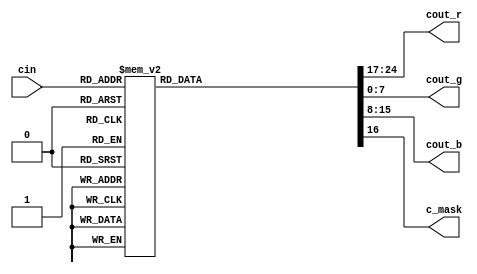
// VGA colour demultiplexer module (5-bit colour value to 24-bit RGB)
//
// (C) Thomas Oldbury 2017

module vga_colour(
	cin,
	cout_r, cout_g, cout_b, c_mask
);

// Inputs
input [4:0] cin;

// Outputs
output reg [7:0] cout_r;
output reg [7:0] cout_g;
output reg [7:0] cout_b;
output reg c_mask;				// bit set to indicate that the colour is the transparent key (10000)

// Multiplexer - async logic
always @(*) begin

	cout_r = 0;
	cout_g = 0;
	cout_b = 0;
	c_mask = 1;

	case(cin)
	
		// First block of colours is ordered to make synthesising somewhat simpler
		// as logic should essentially reduce into a load of AND and OR gates
		// Colours are encoded 00BGR, e.g. yellow is 00011
		
		// 00000: black (not implemented - default state)
		
		// 00001: red
		5'b00001: cout_r = 255;
		
		// 00010: green
		5'b00010: cout_g = 255;
		
		// 00011: blue
		5'b00100: cout_b = 255;
		
		// 00011: yellow
		5'b00011: begin
			cout_r = 255;
			cout_g = 255;
			end
		
		// 00101: magneta
		5'b00101: begin
			cout_r = 255;
			cout_b = 255;
			end
		
		// 00110: cyan
		5'b00110: begin
			cout_g = 255;
			cout_b = 255;
			end
		
		// 00111: white
		5'b00111: begin
			cout_r = 255;
			cout_g = 255;
			cout_b = 255;
			end
		
		// Second block of colours are encoded in a similar fashion
		// 01 = lighter colour (mix white) with 01BGR encoding remaining colours
		
		// 01000: midgrey (50%)
		5'b01000: begin
			cout_r = 127;
			cout_g = 127;
			cout_b = 127;
			end
	
		// 01001: lightred / salmon
		5'b01001: begin
			cout_r = 255;
			cout_g = 127;
			cout_b = 127;
			end
	
		// 01010: lightgreen / mint
		5'b01010: begin
			cout_r = 127;
			cout_g = 255;
			cout_b = 127;
			end
	
		// 01100: purple
		5'b01100: begin
			cout_r = 127;
			cout_g = 127;
			cout_b = 255;
			end
	
		// 01101: hotpink
		5'b01101: begin
			cout_r = 255;
			cout_g = 127;
			cout_b = 255;
			end
	
		// 01011: lightyellow
		5'b01011: begin
			cout_r = 255;
			cout_g = 255;
			cout_b = 127;
			end
	
		// 01110: lightcyan
		5'b01110: begin
			cout_r = 127;
			cout_g = 255;
			cout_b = 255;
			end
	
		// 01111: white (duplicate for synthesis simplicity)
		5'b01111: begin
			cout_r = 255;
			cout_g = 255;
			cout_b = 255;
			end
		
		// Third block of colours are encoded in a similar fashion
		// 10 = darker colour (mix black) with 10RGB encoding remaining colours
		5'b10000: begin
			cout_r = 0;
			cout_g = 0;
			cout_b = 0;
			end
		
		// 10001: darkred / bloodred
		5'b10001: begin
			cout_r = 127;
			cout_g = 0;
			cout_b = 0;
			end
		
		// 10010: darkgreen / emerald
		5'b10010: begin
			cout_r = 0;
			cout_g = 127;
			cout_b = 0;
			end
		
		// 10100: darkblue / navy
		5'b10100: begin
			cout_r = 0;
			cout_g = 0;
			cout_b = 127;
			end
	
		// Special colours follow: likely to be implemented using special LUTs or slightly more
		// complex logic
		// 11000: Transparency mask, signals that no colour be rendered at the current
		// pixel (OR with zero)
		5'b11000: begin
			cout_r = 0;
			cout_g = 0;
			cout_b = 0;
			c_mask = 0;
			end
		
		// 11001: darkest grey (6.25%)
		5'b11001: begin
			cout_r = 15;
			cout_g = 15;
			cout_b = 15;
			end
		
		// 11010: darker grey (12.5%)
		5'b11010: begin
			cout_r = 31;
			cout_g = 31;
			cout_b = 31;
			end
		
		// 11011: lightblue (for channel selection)
		5'b11011: begin
			cout_r = 127;
			cout_g = 200;
			cout_b = 255;
			end
		
		// 11100: mid-dark grey (37.5%)
		5'b11100: begin
			cout_r = 95;
			cout_g = 95;
			cout_b = 95;
			end
	
		// 11101: orange
		5'b11101: begin
			cout_r = 255;
			cout_g = 127;
			cout_b = 63;
			end

		// 11111: white (duplicate for synthesis simplicity)
		5'b11111: begin
			cout_r = 255;
			cout_g = 255;
			cout_b = 255;
			end
		
		// Default colours render to black
		default: begin
			cout_r = 0;
			cout_g = 0;
			cout_b = 0;
			end
		
	endcase
	
end

endmodule